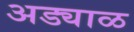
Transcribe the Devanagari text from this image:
अड्याळ